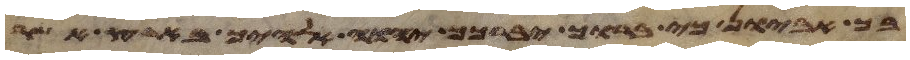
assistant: בך אביון כי ברוך יברכך יהוה אלהיך בארץ אשר